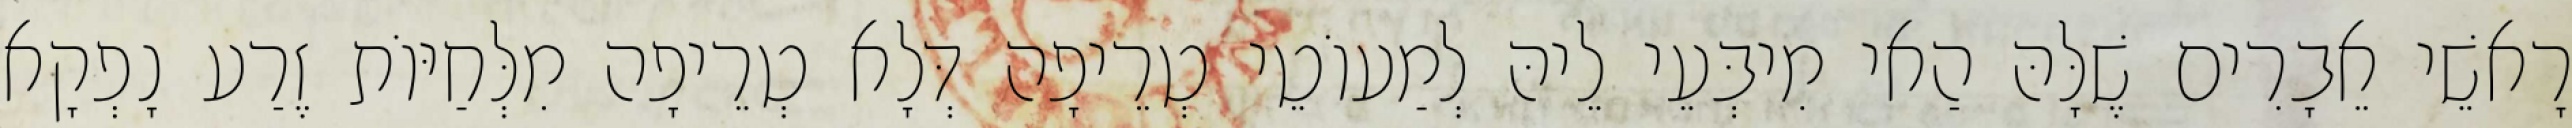
רָאשֵׁי אֵבָרִים שֶׁלָּהּ הַאי מִיבְּעֵי לֵיהּ לְמַעוֹטֵי טְרֵיפָה דְּלָא טְרֵיפָה מִלְּחַיּוֹת זֶרַע נָפְקָא